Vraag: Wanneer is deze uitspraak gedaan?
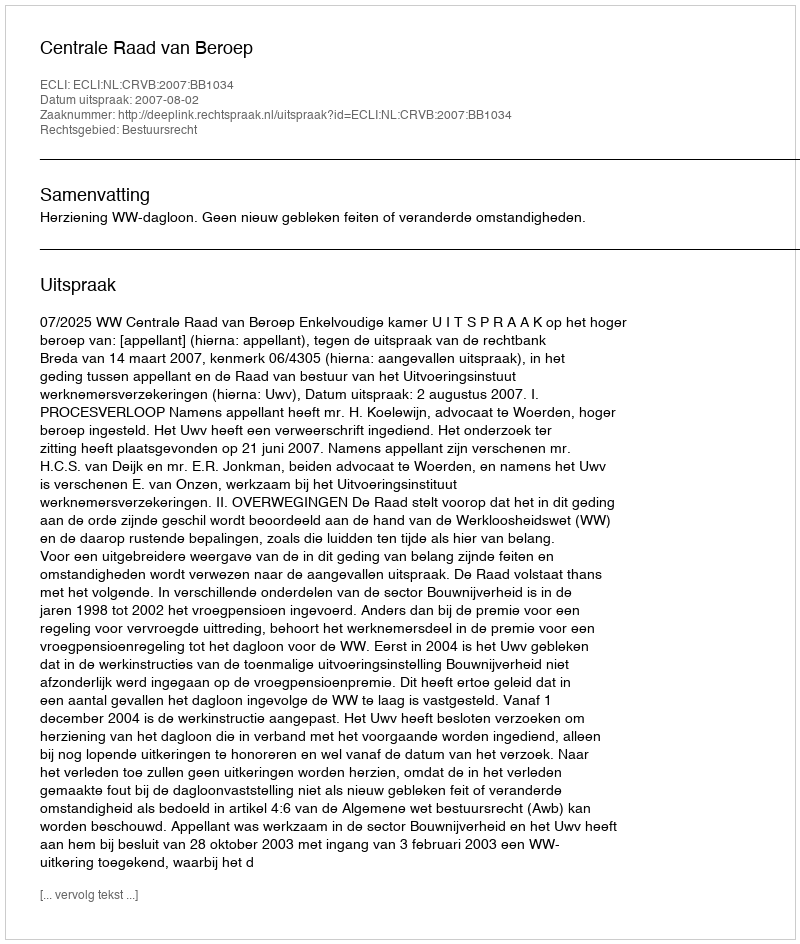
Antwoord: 2007-08-02